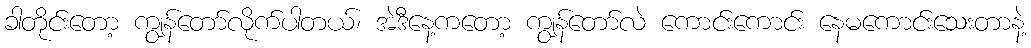
ခါတိုင်းတော့ ကျွန်တော်လိုက်ပါတယ်၊ အဲဒီနေ့ကတော့ ကျွန်တော်လဲ ကောင်းကောင်း နေမကောင်းသေးတာနဲ့